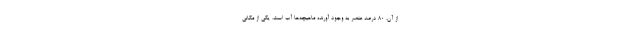
از آن، ۸۰ درصد عنصر به وجود آورنده ماهیچه‌ها آب است. یکی از مکانی